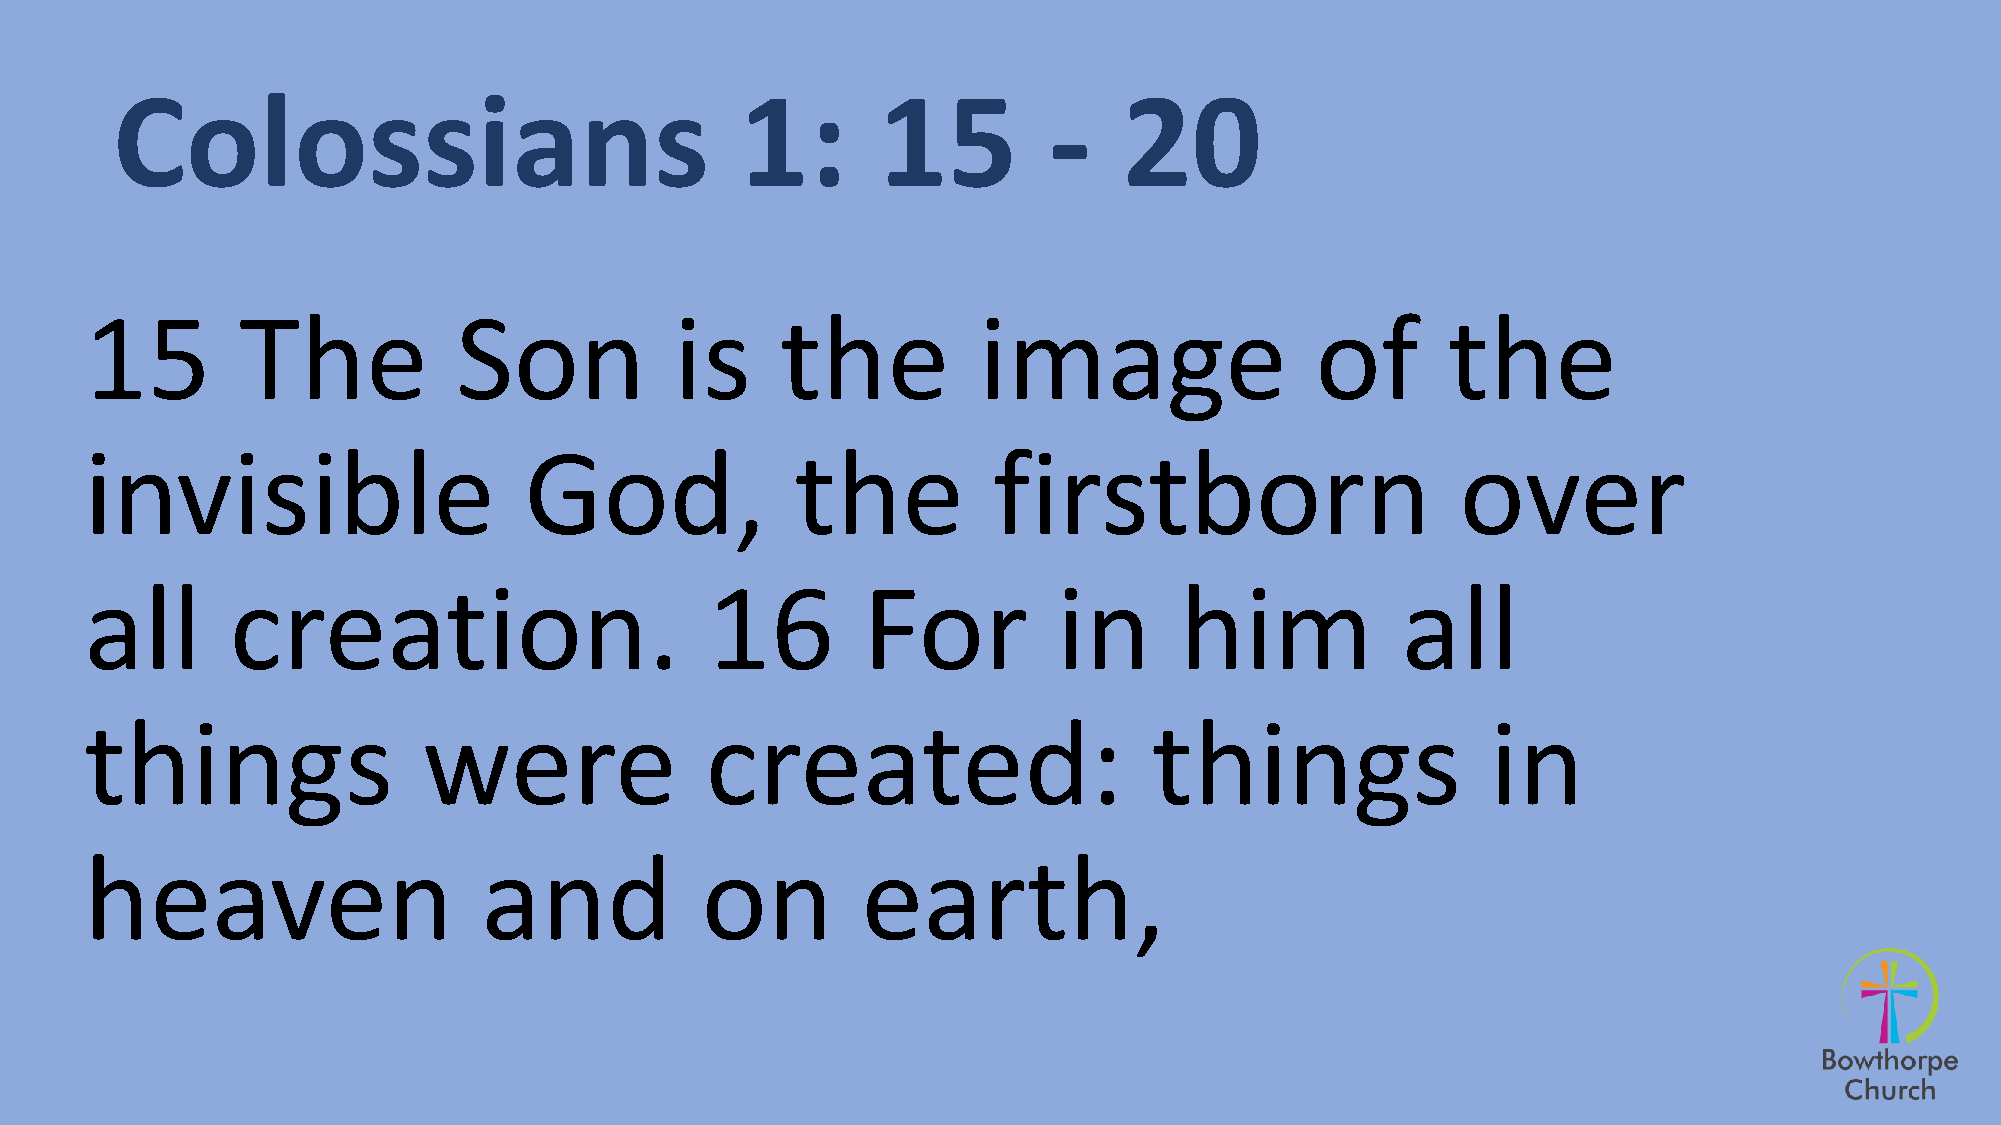
Colossians                                1:       15         -    20
 15        The           Son            is     the          image                 of       the
 invisible                    God,              the          firstborn                      over
 all      creation.                       16        For          in      him            all
 things                were               created:                     things                 in
 heaven                    and           on         earth,